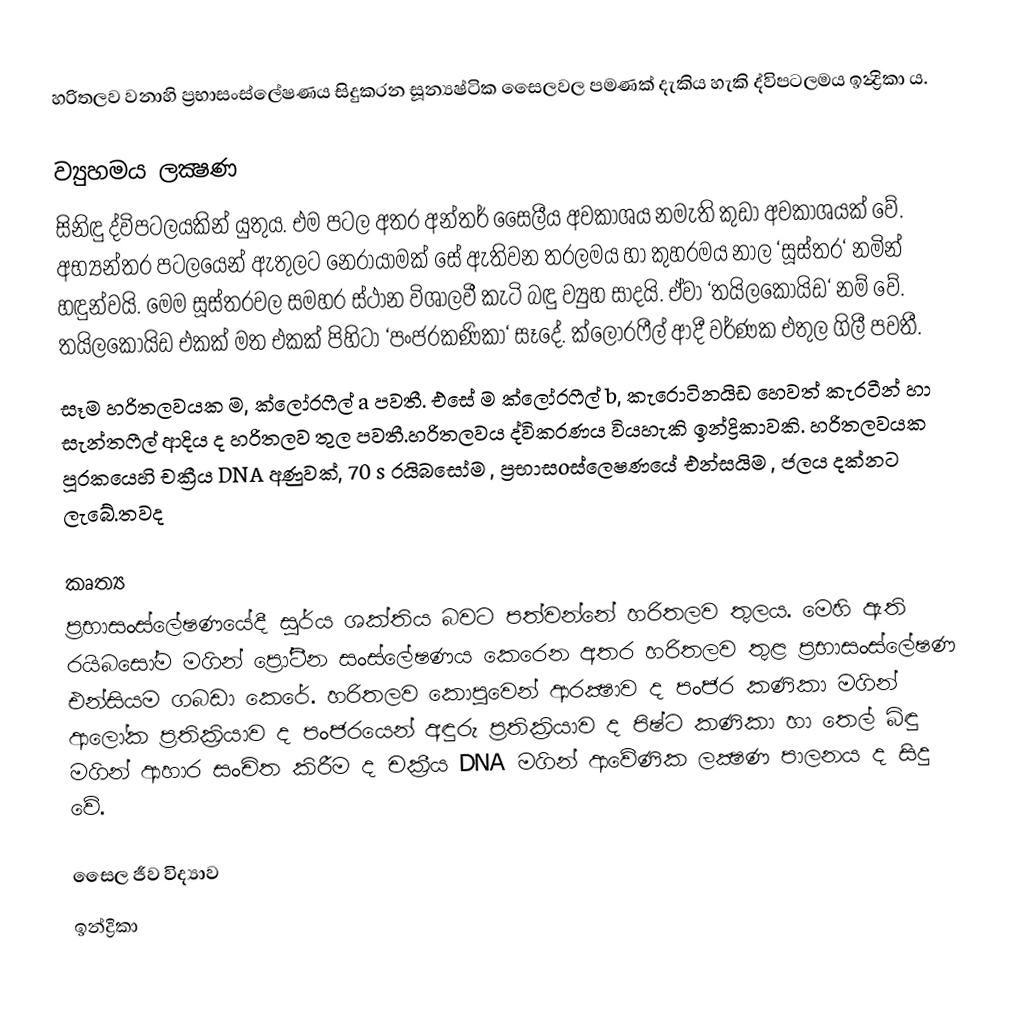
හරිතලව වනාහි ප්‍රභාසංස්ලේෂණය සිදුකරන සූන්‍යෂ්ටික සෛලවල පමණක් දැකිය හැකි ද්විපටලමය ඉන්‍ද්‍රිකා ය.

ව්‍යුහමය ලක්‍ෂණ
සිනිඳු ද්විපටලයකින් යුතුය. එම පටල අතර අන්තර් සෛලීය අවකාශය නමැති කුඩා අවකාශයක් වේ. අභ්‍යන්තර පටලයෙන් ඇතුලට නෙරායාමක් සේ ඇතිවන තරලමය හා කුහරමය නාල ‘සූස්තර‘ නමින් හඳුන්වයි. මෙම සූස්තරවල සමහර ස්ථාන විශාලවී කැටි බඳු ව්‍යුහ සාදයි. ඒවා ‘තයිලකොයිඩ‘ නම් වේ. තයිලකොයිඩ එකක් මත එකක් පිහිටා ‘පංජරකණිකා‘ සෑදේ. ක්ලෝරෆීල් ආදී වර්ණක එතුල ගිලී පවතී.
සෑම හරිතලවයක ම, ක්ලෝරෆීල් a පවතී. එසේ ම ක්ලෝරෆීල් b, කැරොටිනයිඩ හෙවත් කැරටීන් හා සැන්තෆීල් ආදිය ද හරිතලව තුල පවතී.හරිතලවය ද්විකරණය වියහැකි ඉන්ද්‍රිකාවකි. හරිතලවයක පූරකයෙහි චක්‍රීය DNA අණුවක්, 70 s රයිබසෝම , ප්‍රභාසoස්ලෙෂණයේ එන්සයිම , ජලය දක්නට ලැබේ.තවද

කෘත්‍ය
ප්‍රභාසංස්ලේෂණයේදී සූර්ය ශක්තිය බවට පත්වන්නේ හරිතලව තුලය. මෙහි ඇති රයිබසෝම මගින් ප්‍රෝටීන සංස්ලේෂණය කෙරෙන අතර හරිතලව තුළ ප්‍රභාසංස්ලේෂණ එන්සියම ගබඩා කෙරේ. හරිතලව කොපුවෙන් ආරක්‍ෂාව ද පංජර කණිකා මගින් ආලෝක ප්‍රතික්‍රියාව ද පංජරයෙන් අඳුරු ප්‍රතික්‍රියාව ද පිෂ්ට කණිකා හා තෙල් බිඳු මගින් ආහාර සංචිත කිරීම ද චක්‍රීය DNA මගින් ආවේණික ලක්‍ෂණ පාලනය ද සිදු වේ.

සෛල ජීව විද්‍යාව
ඉන්ද්‍රිකා